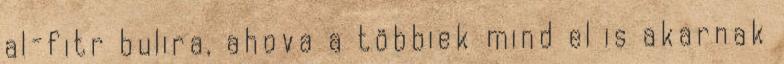
al-fitr bulira, ahova a többiek mind el is akarnak